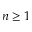
n \geq 1